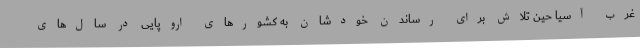
غرب آسیا حین تلاش برای رساندن خودشان به کشورهای اروپایی در سال‌های